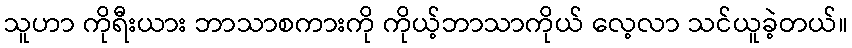
သူဟာ ကိုရီးယား ဘာသာစကားကို ကိုယ့်ဘာသာကိုယ် လေ့လာ သင်ယူခဲ့တယ်။